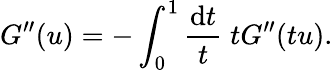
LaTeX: G^{\prime\prime}(u)=-\int_{0}^{1}\frac{\mathrm{d}t}{t}\; tG^{\prime\prime}(tu).